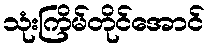
သုံးကြိမ်တိုင်အောင်